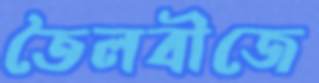
তৈলবীজে